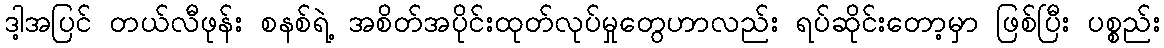
ဒါ့အပြင် တယ်လီဖုန်း စနစ်ရဲ့ အစိတ်အပိုင်းထုတ်လုပ်မှုတွေဟာလည်း ရပ်ဆိုင်းတော့မှာ ဖြစ်ပြီး ပစ္စည်း